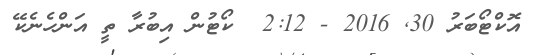
އޮކްޓޯބަރު 30